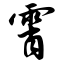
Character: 霄